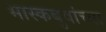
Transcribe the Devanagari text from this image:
भास्कबुवांच्या